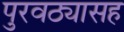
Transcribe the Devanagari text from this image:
पुरवठ्यासह